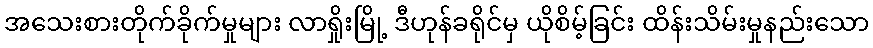
အသေးစားတိုက်ခိုက်မှုများ လာရှိုးမြို့ ဒီဟုန်ခရိုင်မှ ယိုစိမ့်ခြင်း ထိန်းသိမ်းမှုနည်းသော